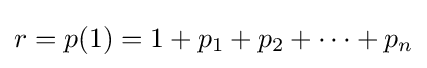
r=p(1)=1+p_{1}+p_{2}+\cdots +p_{n}